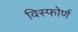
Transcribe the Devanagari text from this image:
विस्फोर्ण